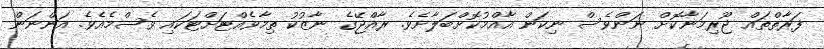
ފަރާތްތައް ޖޫރިމަނާކޮށް ނަންވެސް ނިކަން އާއްމުކޮށްބަލާށެވެ. ރާއްޖޭގެ ނާޒުކު ތިމާވެއްޓަށްޓަކައި ވެސްމެއެވެ. އަންނަން